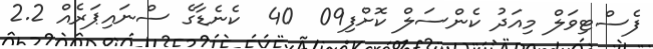
ފެސްޓިވަލް މިއަދު ކެންސަލް ކޮށްފި09  40  ކެނެޑާގެ ސްނައިޕަރެއް 2.2